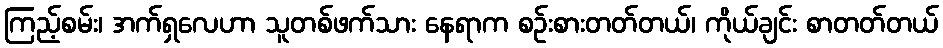
ကြည့်စမ်း၊ အက်ရှလေဟာ သူတစ်ဖက်သား နေရာက စဉ်းစားတတ်တယ်၊ ကိုယ်ချင်း စာတတ်တယ်